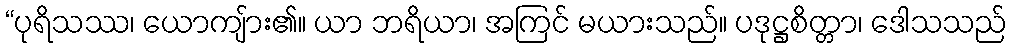
“ပုရိသဿ၊ ယောကျ်ား၏။ ယာ ဘရိယာ၊ အကြင် မယားသည်။ ပဒုဋ္ဌစိတ္တာ၊ ဒေါသသည်